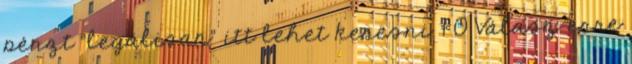
pénzt "legálisan" itt lehet keresni. 1 0 Válasz erre